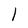
Character: l